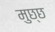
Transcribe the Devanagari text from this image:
मुछ्छ